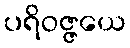
ပရိဝဇ္ဇယေ